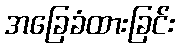
အခြေခံထားခြင်း